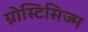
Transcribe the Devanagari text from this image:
ग्नोस्टिसिज्म